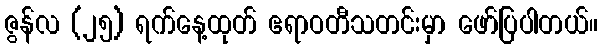
ဇွန်လ (၂၅) ရက်နေ့ထုတ် ဧရာဝတီသတင်းမှာ ဖော်ပြပါတယ်။